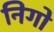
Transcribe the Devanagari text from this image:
निगो